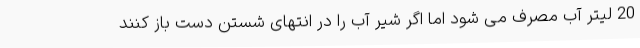
20 لیتر آب مصرف می شود اما اگر شیر آب را در انتهای شستن دست باز کنند